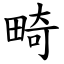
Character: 畸